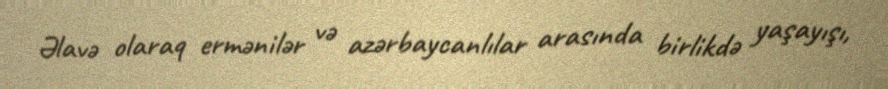
Əlavə olaraq ermənilər və azərbaycanlılar arasında birlikdə yaşayışı,